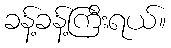
ခန့်ခန့်ကြီးရယ်။